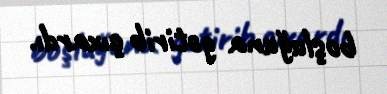
boşluğuna gətirib çıxardı.